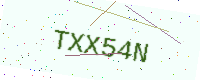
Text: TXX54N